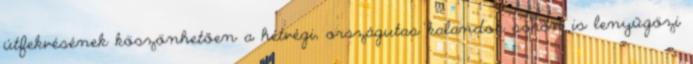
útfekvésének köszönhetően a hétvégi, országutas kalandok során is lenyűgözi